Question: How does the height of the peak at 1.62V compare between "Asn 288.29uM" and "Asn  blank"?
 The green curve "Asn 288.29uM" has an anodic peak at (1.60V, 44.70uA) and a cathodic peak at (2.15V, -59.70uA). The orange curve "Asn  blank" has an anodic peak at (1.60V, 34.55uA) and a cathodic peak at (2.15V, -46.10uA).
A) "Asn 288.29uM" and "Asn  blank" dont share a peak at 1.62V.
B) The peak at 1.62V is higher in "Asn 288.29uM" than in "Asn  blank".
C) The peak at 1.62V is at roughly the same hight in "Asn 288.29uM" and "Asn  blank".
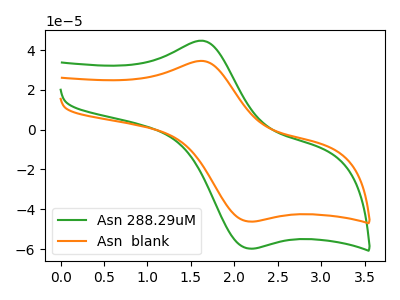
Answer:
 <answer>B) The peak at 1.62V is higher in "Asn 288.29uM" than in "Asn  blank".</answer>
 <eval>B</eval>